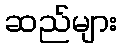
ဆည်များ